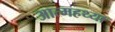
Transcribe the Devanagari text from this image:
आत्महथ्या